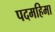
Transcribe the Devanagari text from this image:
पदमहिमा